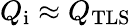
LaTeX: Q_{\mathrm{i}}\approx Q_{\mathrm{TLS}}